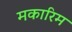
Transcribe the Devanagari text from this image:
मकारिम